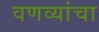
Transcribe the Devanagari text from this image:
वणव्यांचा